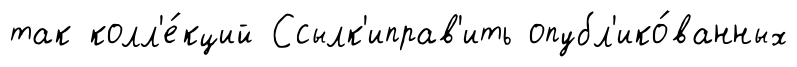
так колл'е́кций Ссылк'иправ'ить опубл'ико́ванных